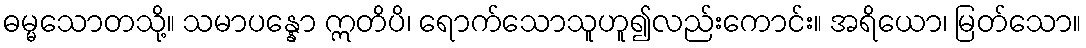
ဓမ္မသောတသို့။ သမာပန္နော ဣတိပိ၊ ရောက်သောသူဟူ၍လည်းကောင်း။ အရိယော၊ မြတ်သော။